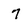
Character: 7